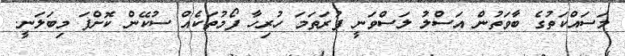
މަސައްކަތުގެ ބާވަތުން އަސްލު ލަސްވަނީ ފުރަތަމަ ހުރިހާ ފޯމުތަކެއް ސުކޭން ކޮށްފަ މިބަލަނީ.